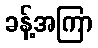
ခန့်အကြာ